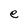
Character: e